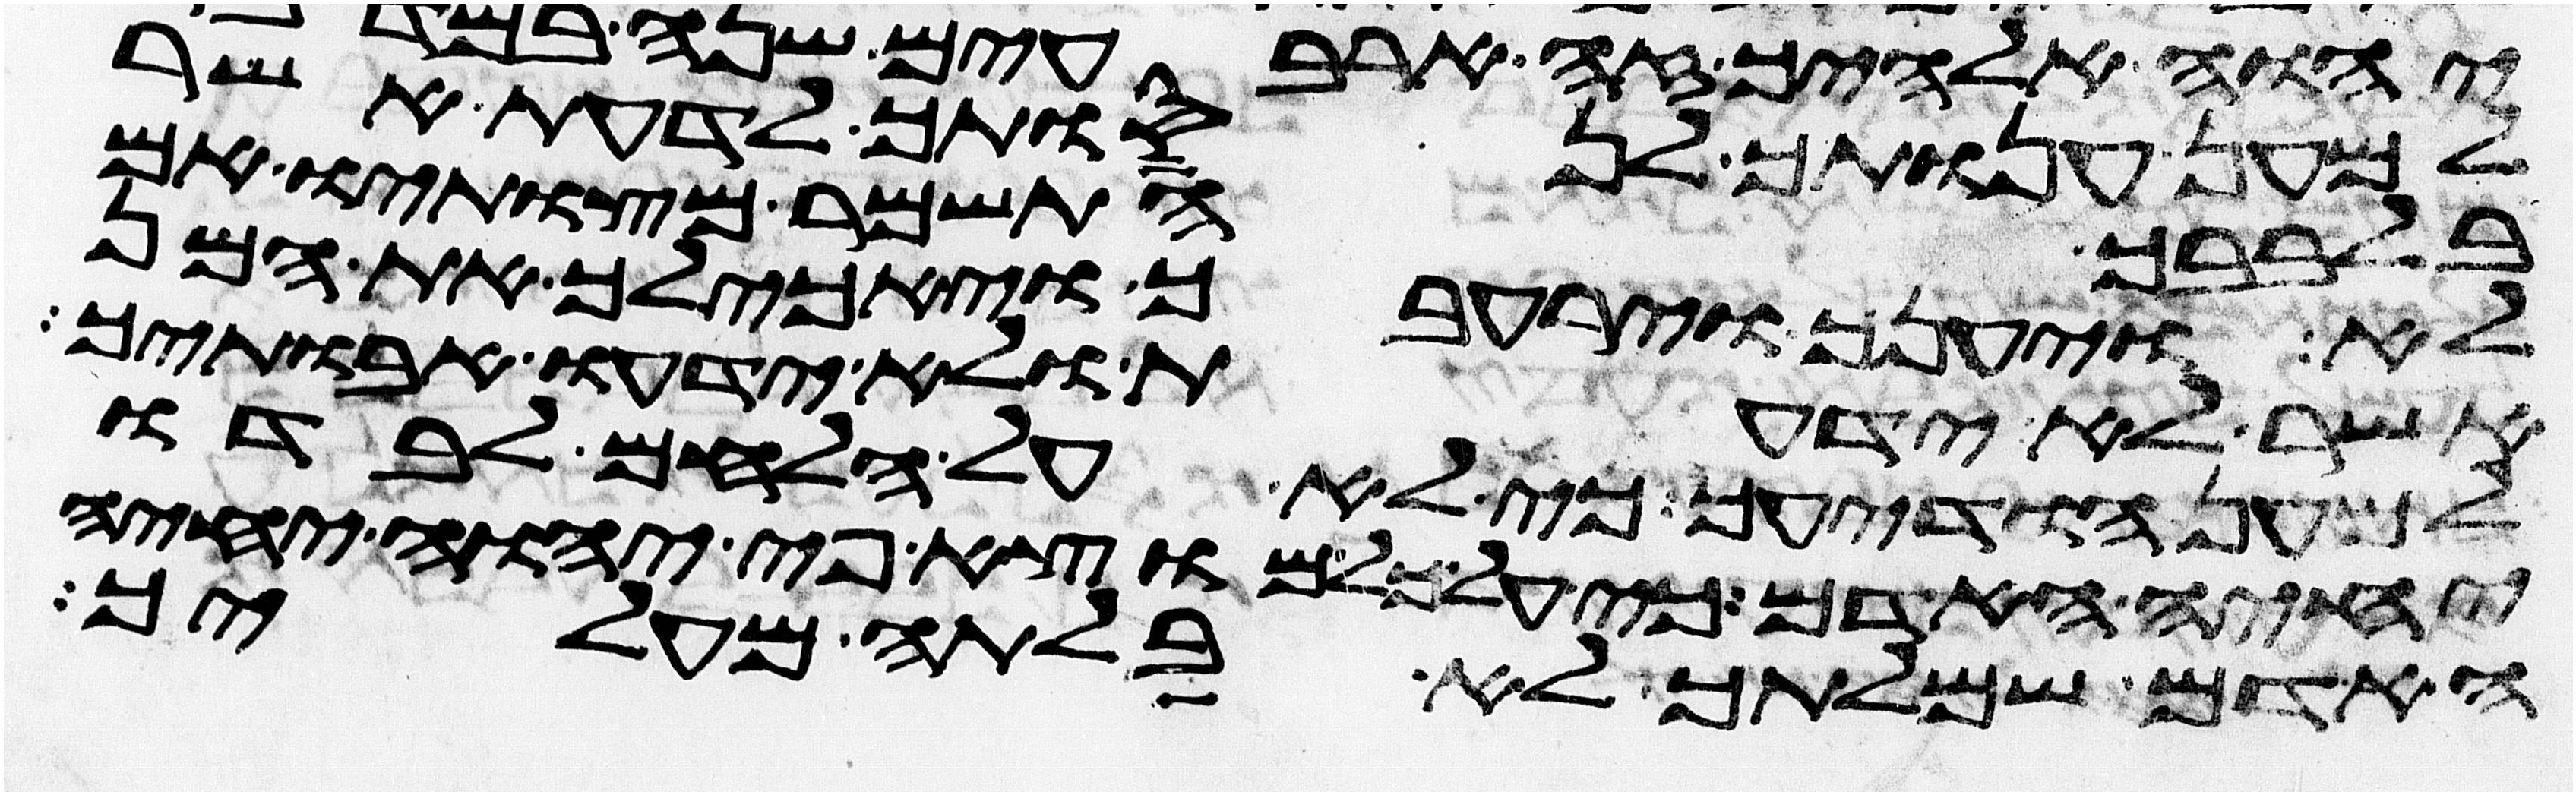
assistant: למען ענותך לנסותך לדעת אשר
בלבבך התשמר מצותיו אם
לא ויענך וירעבך ויאכילך את המן
אשר לא ידעת ולא ידעו אבתיך
למען הודיעך כי לא על הלחם לבדו
יחיה האדם כי על כל מוצא פי יהוה יחיה
האדם שמלתך לא בלתה מעליך